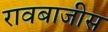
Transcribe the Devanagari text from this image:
रावबाजीस